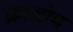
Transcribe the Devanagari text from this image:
फ्राओच